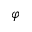
\varphi